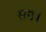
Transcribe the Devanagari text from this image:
सप।